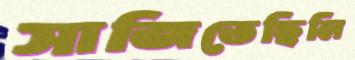
সাজিতেছিলি